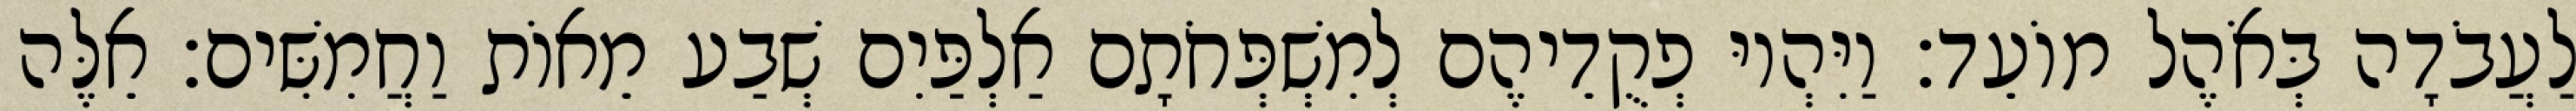
לַעֲבֹדָה בְּאֹהֶל מוֹעֵד׃ וַיִּהְיוּ פְקֻדֵיהֶם לְמִשְׁפְּחֹתָם אַלְפַּיִם שְׁבַע מֵאוֹת וַחֲמִשִּׁים׃ אֵלֶּה